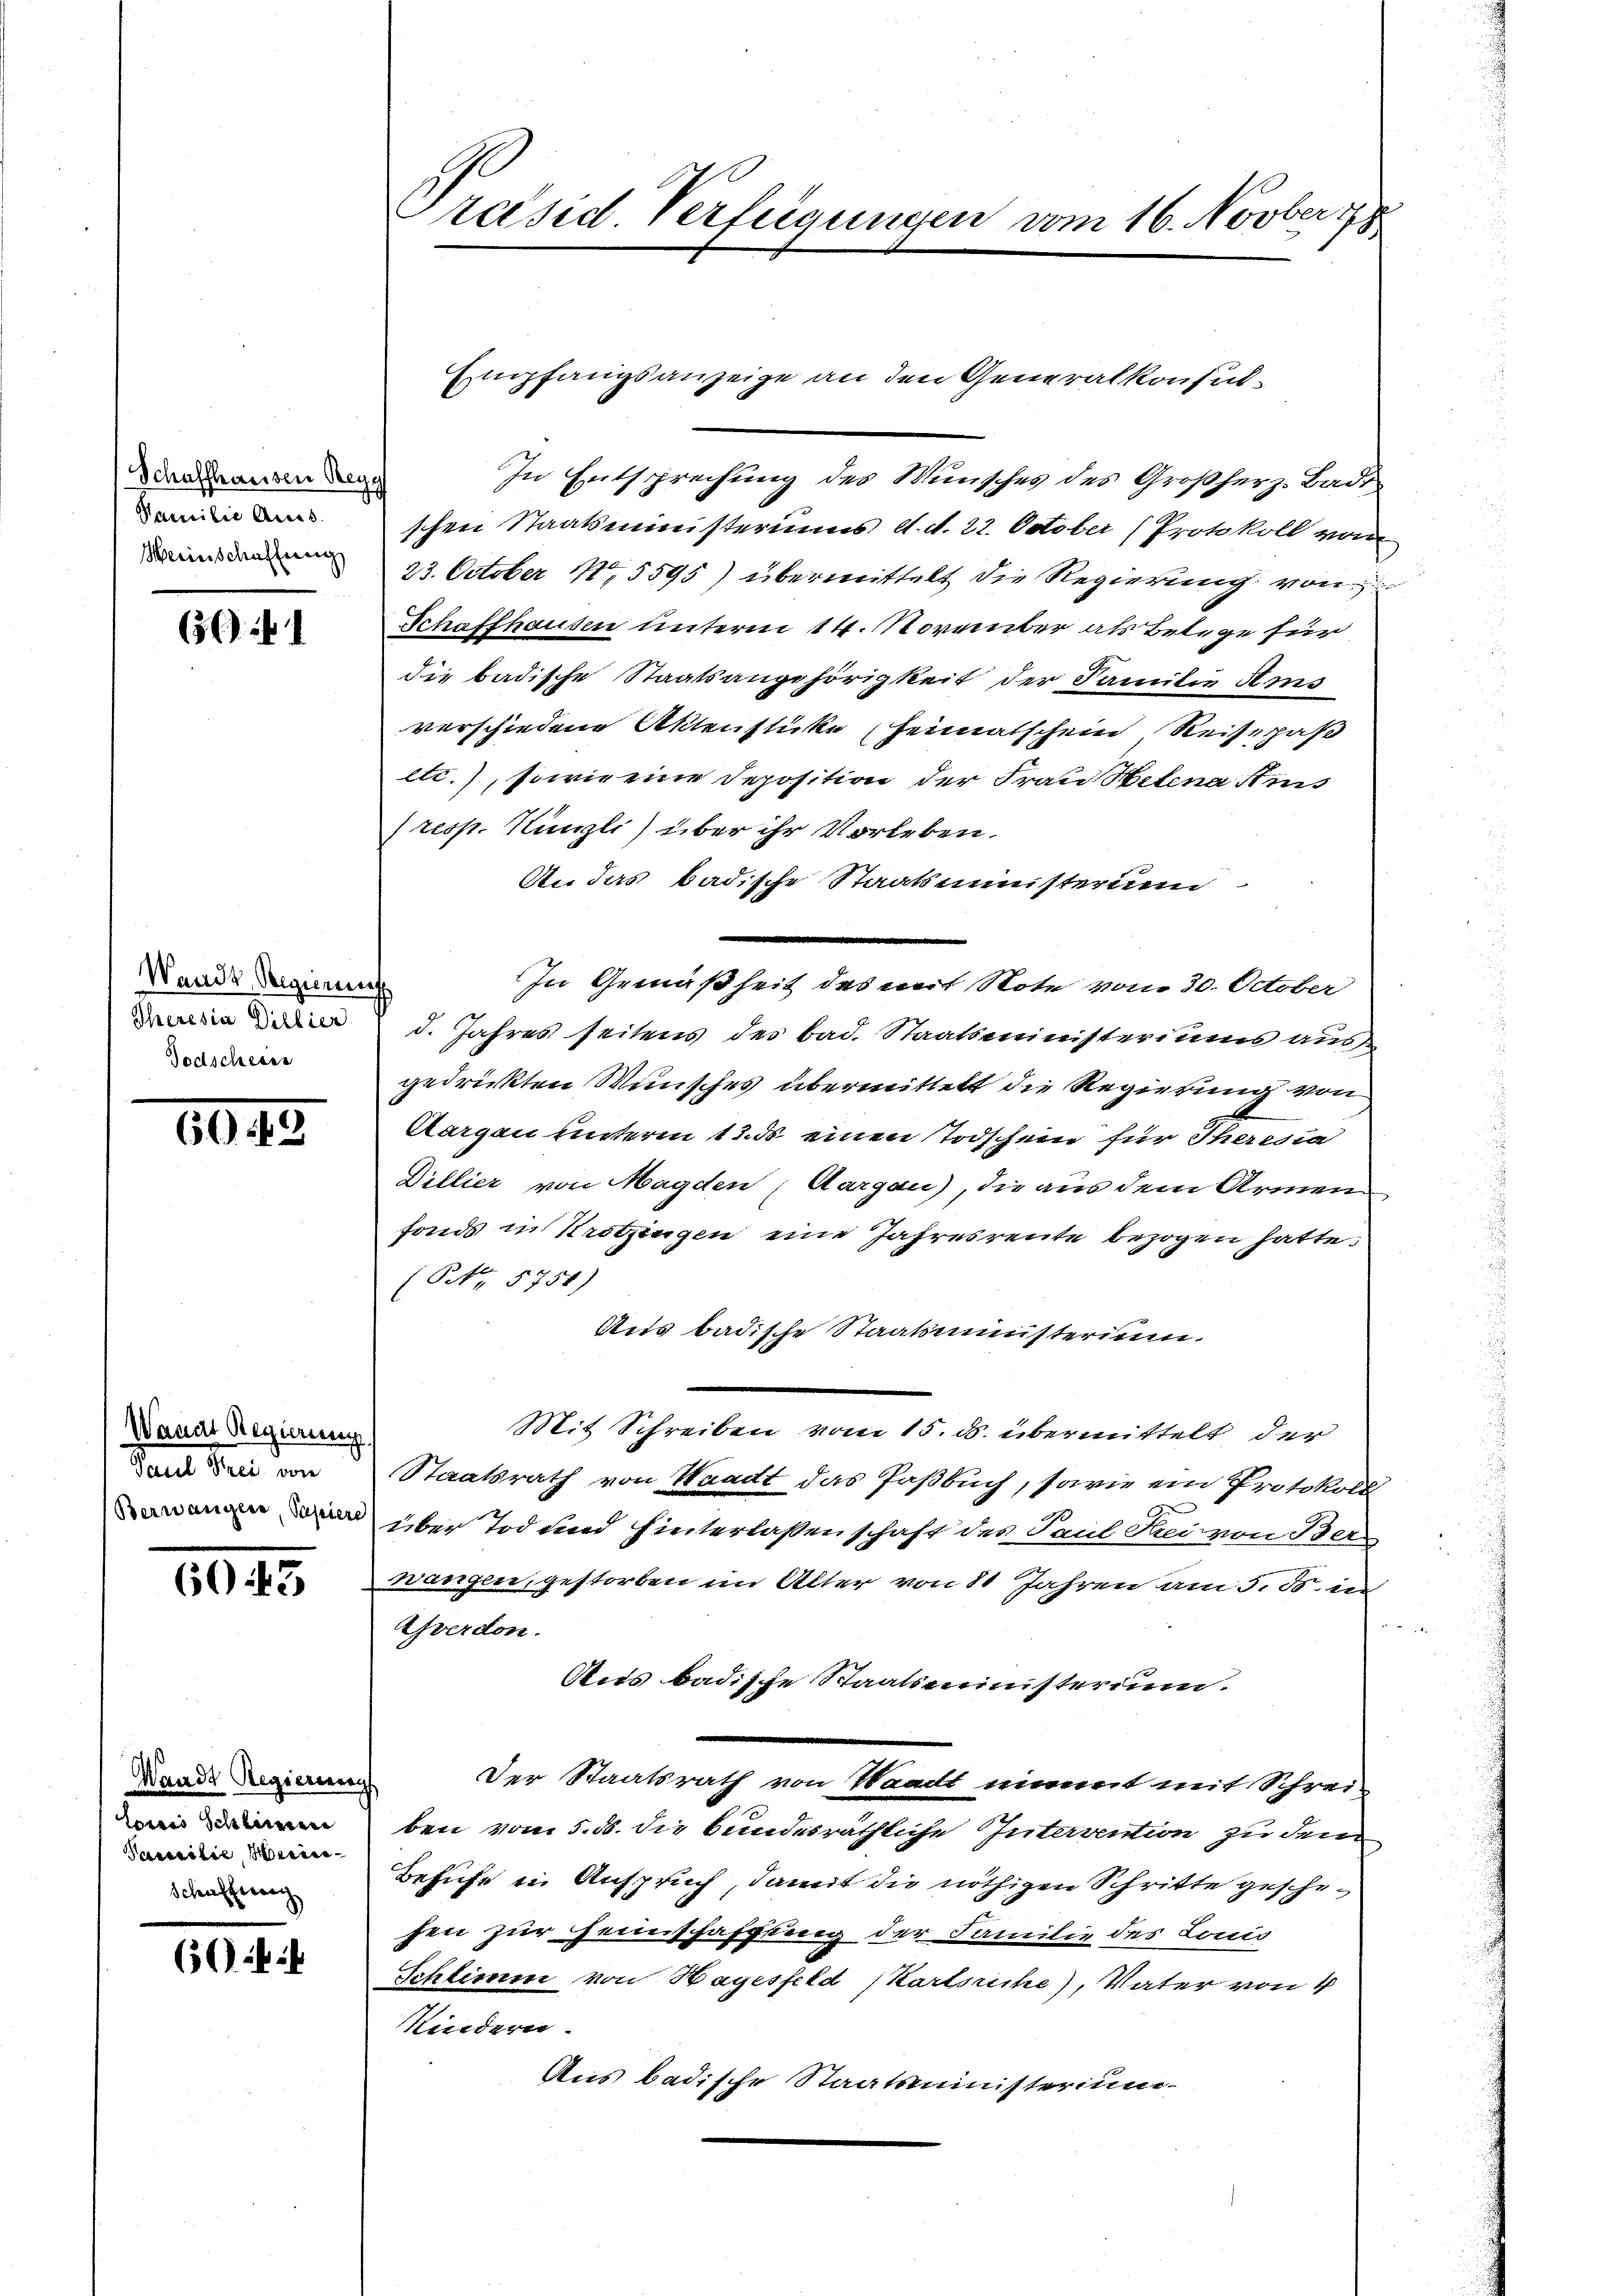
Schaffhausen Regy
Familie Auss
Herinschafferen

3) 1

Waadt Regienen
Theresia Dillier
Todscheien

602

Waadt Regierung
vasil Frei von
Berwangere, Papiere

6043

Waadt Regiereerach
Coris Schlimmen
Passilie, Meine
Schaften

60

Preised Verfügungen vom 16. Novber 178

Empfangsanzeige an den Generalkonsul-

In Entsprechung des Wunsches des Großherz- Bade
schen Staatsministeriums d. d. 22. October (Protokoll von
23. October 185595) übermittelt die Regierung von
Schaffhausen unterm 14. November als Belege für
die badische Staatsangehörigkeit der Familie Ams
verschiedene Aktenstücke Heimatschein, Reisepaß
etc.), sowie eine Deposition der Frau Helena Suis
) resp. Künzli) über ihr Vorleben.
An das badische Staatsministerum
In Gemäßheit des mit Note vom 30. October
d. Jahres seitens des bad. Staatsministeriums aus
gedrückten Wunsches übermittelt die Regierung von
Bargen unterm 12. ds einen Todschein für Theresia
Dillier von Magden Aargau), die aus dem Armen
fonds in Kratzingen eine Jahresreute bezogen hatte.
(NNo. 5751)
Aus badische Staatsministerium.
Mit Schreiben vom 15. ds. übermittelt der
Staatsrath von Waadt das Paßbuch, sowie ein Protokoll
über Tod sind hinterlassenschaft der Paul Frei von Ber
wangen, gestorben im Alter von 11 Jahren am 5. ds. in
u
Yverdon.
Aes badische Staatsministerium.
Der Staatsrath von Waadt nimmt mit Schrei-
ben vom 5. ds. die bundesräthliche Intervention zu dem
Behufe in Anspruch, damit die nöthigen Schritte geschehen zur Heinschaffung der Familie des Louis
Schlimm von Hagesfeld (Kartsche), Vater von 4
Kindern.
Aus badische Staatsministerium